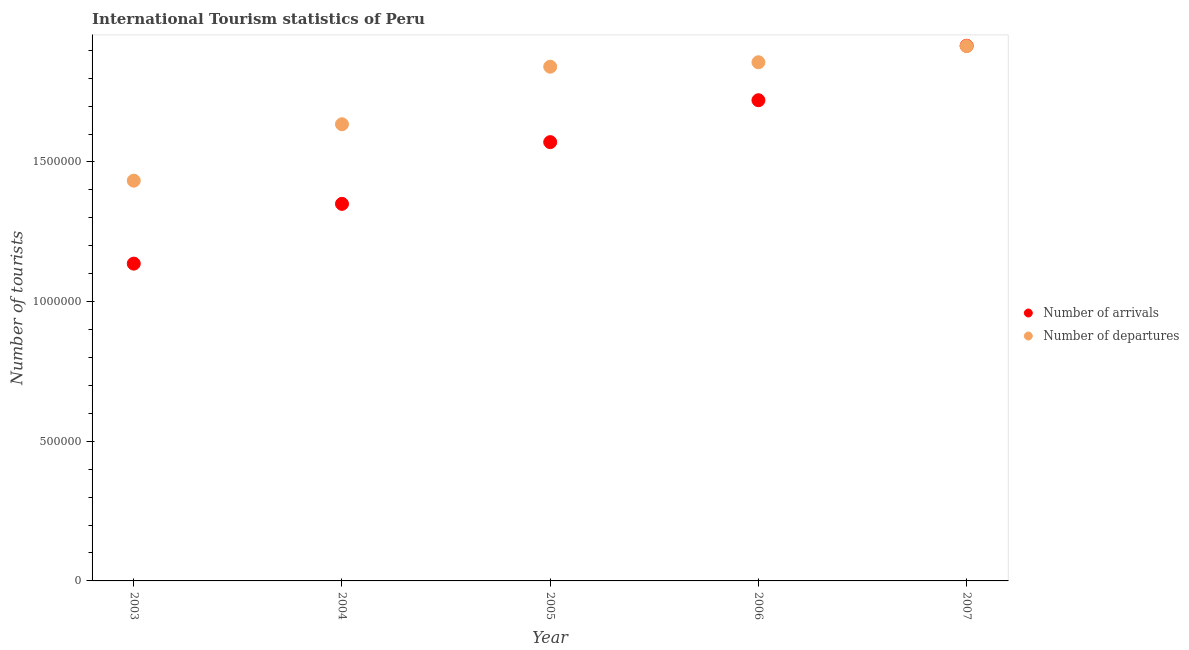
| Year | Number of arrivals | Number of departures |
 | --- | --- | --- |
 | 2003 | 1.14e+06 | 1.43e+06 |
 | 2004 | 1.35e+06 | 1.64e+06 |
 | 2005 | 1.57e+06 | 1.84e+06 |
 | 2006 | 1.72e+06 | 1.86e+06 |
 | 2007 | 1.92e+06 | 1.92e+06 |